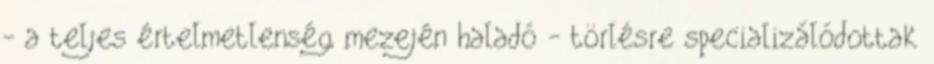
- a teljes értelmetlenség mezején haladó - törlésre specializálódottak